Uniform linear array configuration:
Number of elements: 8
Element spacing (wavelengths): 0.25
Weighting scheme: cosine
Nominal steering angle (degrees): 45
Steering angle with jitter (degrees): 45.448
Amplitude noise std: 0.05
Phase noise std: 0.05

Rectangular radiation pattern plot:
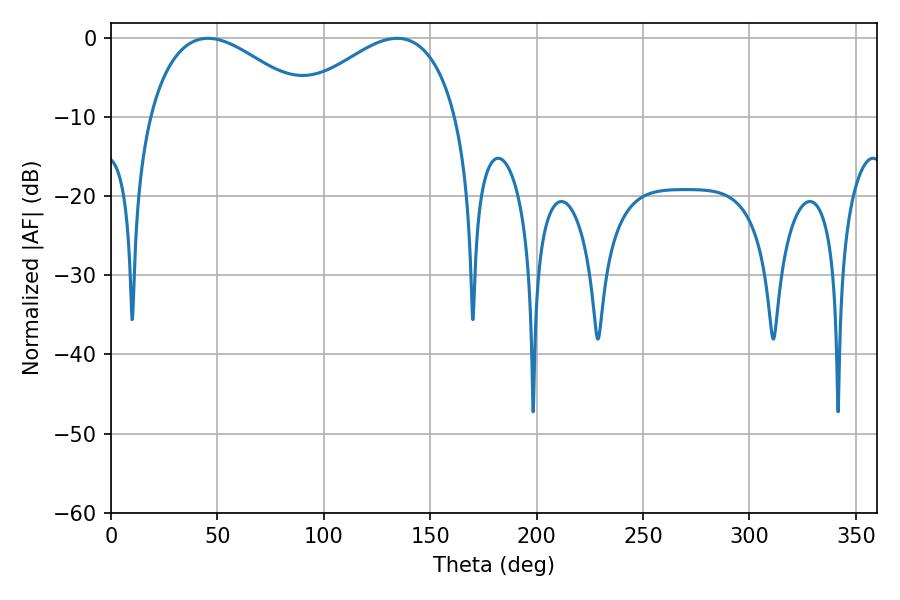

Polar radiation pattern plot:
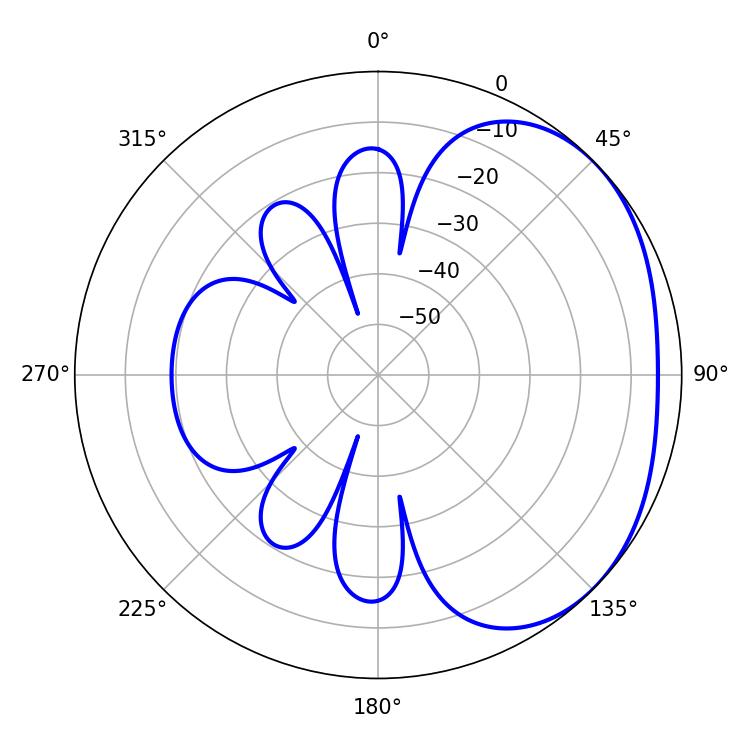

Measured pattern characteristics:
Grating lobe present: FALSE
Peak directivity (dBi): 2.356
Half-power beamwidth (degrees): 42.48
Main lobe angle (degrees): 45.54